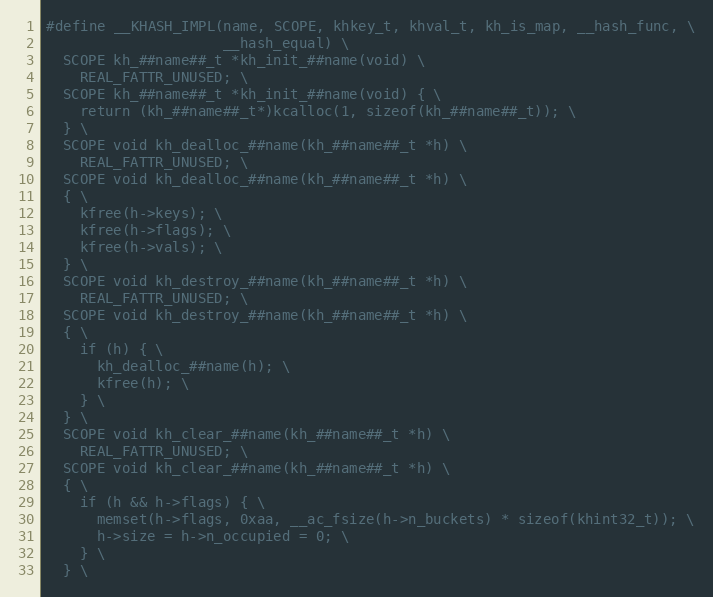
Language: C
#define __KHASH_IMPL(name, SCOPE, khkey_t, khval_t, kh_is_map, __hash_func, \
                     __hash_equal) \
  SCOPE kh_##name##_t *kh_init_##name(void) \
    REAL_FATTR_UNUSED; \
  SCOPE kh_##name##_t *kh_init_##name(void) { \
    return (kh_##name##_t*)kcalloc(1, sizeof(kh_##name##_t)); \
  } \
  SCOPE void kh_dealloc_##name(kh_##name##_t *h) \
    REAL_FATTR_UNUSED; \
  SCOPE void kh_dealloc_##name(kh_##name##_t *h) \
  { \
    kfree(h->keys); \
    kfree(h->flags); \
    kfree(h->vals); \
  } \
  SCOPE void kh_destroy_##name(kh_##name##_t *h) \
    REAL_FATTR_UNUSED; \
  SCOPE void kh_destroy_##name(kh_##name##_t *h) \
  { \
    if (h) { \
      kh_dealloc_##name(h); \
      kfree(h); \
    } \
  } \
  SCOPE void kh_clear_##name(kh_##name##_t *h) \
    REAL_FATTR_UNUSED; \
  SCOPE void kh_clear_##name(kh_##name##_t *h) \
  { \
    if (h && h->flags) { \
      memset(h->flags, 0xaa, __ac_fsize(h->n_buckets) * sizeof(khint32_t)); \
      h->size = h->n_occupied = 0; \
    } \
  } \